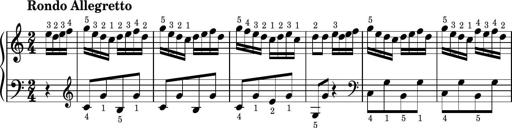
Title: Easy Progressive Lessons and 4 Sonatinas
Composer: Thomas Attwood